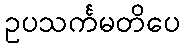
ဥပသင်္ကမတိပေ